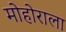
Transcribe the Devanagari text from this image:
मोहोराला